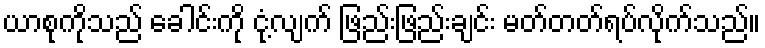
ယာစုကိုသည် ခေါင်းကို ငုံ့လျက် ဖြည်းဖြည်းချင်း မတ်တတ်ရပ်လိုက်သည်။